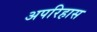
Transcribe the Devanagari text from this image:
अपरिहास